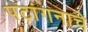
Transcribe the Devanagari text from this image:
पटांगनाचे